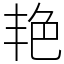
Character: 艳